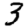
Digit: 3